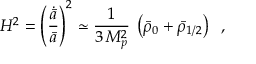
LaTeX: H ^ { 2 } = \left( \frac { \dot { \bar { a } } } { \bar { a } } \right) ^ { 2 } \simeq \frac { 1 } { 3 \, M _ { p } ^ { 2 } } \: \left( \bar { \rho } _ { 0 } + \bar { \rho } _ { 1 / 2 } \right) \; \; ,